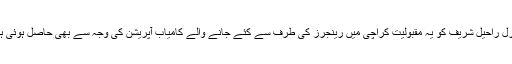
جنرل راحیل شریف کو یہ مقبولیت کراچی میں رینجرز کی طرف سے کئے جانے والے کامیاب آپریشن کی وجہ سے بھی حاصل ہوئی ہے۔